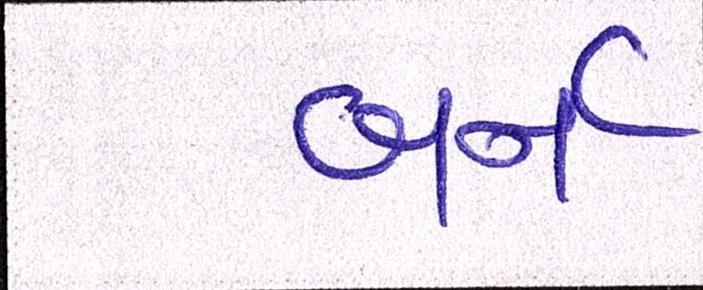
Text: બર્ન